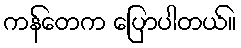
ကန်တေက ပြောပါတယ်။